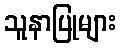
သူနာပြုများ